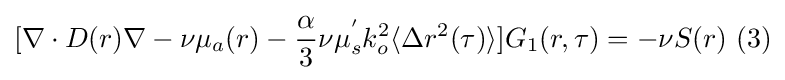
[\nabla \cdot D(r)\nabla -\nu \mu _{a}(r)-{\frac {\alpha }{3}}\nu \mu _{s}^{'}k_{o}^{2}\langle \Delta r^{2}(\tau )\rangle ]G_{1}(r,\tau )=-\nu S(r)~(3)